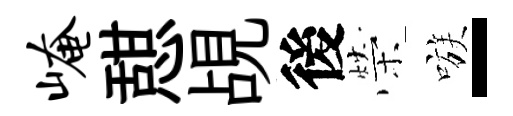
崦憇覘後榮嗾-